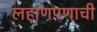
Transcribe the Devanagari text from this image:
लहाणपणाची